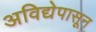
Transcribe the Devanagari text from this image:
अविद्येपासून